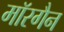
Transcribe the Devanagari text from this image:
मॉरगैन